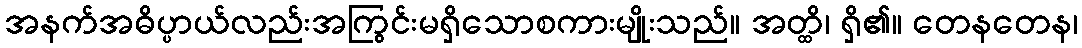
အနက်အဓိပ္ပာယ်လည်းအကြွင်းမရှိသောစကားမျိုးသည်။ အတ္ထိ၊ ရှိ၏။ တေနတေန၊